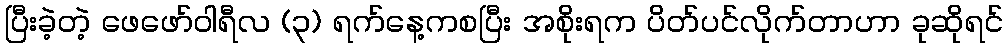
ပြီးခဲ့တဲ့ ဖေဖော်ဝါရီလ (၃) ရက်နေ့ကစပြီး အစိုးရက ပိတ်ပင်လိုက်တာဟာ ခုဆိုရင်